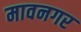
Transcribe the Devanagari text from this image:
मावनगर